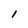
Character: I